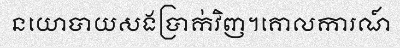
នយោបាយសងប្រាក់វិញ។គោលការណ៍